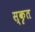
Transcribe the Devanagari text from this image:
स्कृत